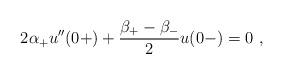
LaTeX: \begin{align*}2\alpha_+ u''(0+)+\frac{\beta_+ - \beta_-}{2} u(0-)=0\ ,\end{align*}